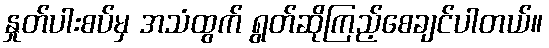
နှုတ်ပါးစပ်မှ အသံထွက် ရွတ်ဆိုကြည့်စေချင်ပါတယ်။